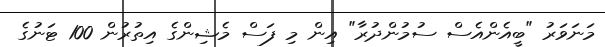
މަނަވަރު "ބީއެންއެސް ސުމުންދުރާ" އިން މި ފަސް މެޝިންގެ އިތުރުން 100 ޓަނުގެ